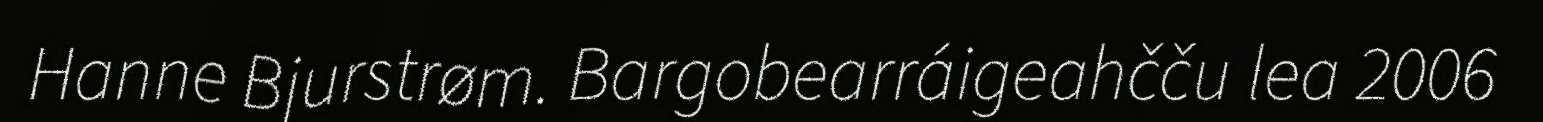
Hanne Bjurstrøm. Bargobearráigeahčču lea 2006